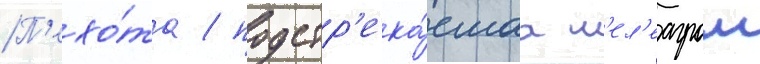
П'ехо́та / подстр'ека́емаа м'ел'еагром